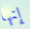
إنها